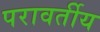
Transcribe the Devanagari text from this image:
परावर्तीय